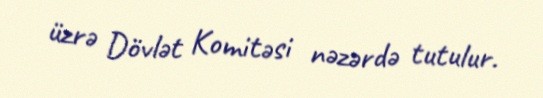
üzrə Dövlət Komitəsi nəzərdə tutulur.